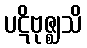
ပဋိဗုဇ္ဈသိ